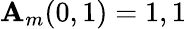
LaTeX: \mathbf{A}_{m}(0,1)=1,1